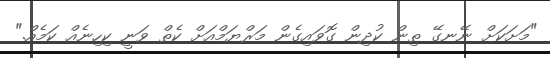
"މަށަކަށް ނޭނގޭ ތިން ކުދިން ގޮވައިގެން މަރްޔަމްއަށް ކެތް ވަނީ ކިހިނެއް ކަމެއް."